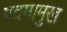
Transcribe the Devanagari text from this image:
पदमामुख